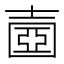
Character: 𡔶